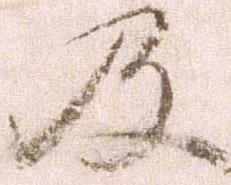
及